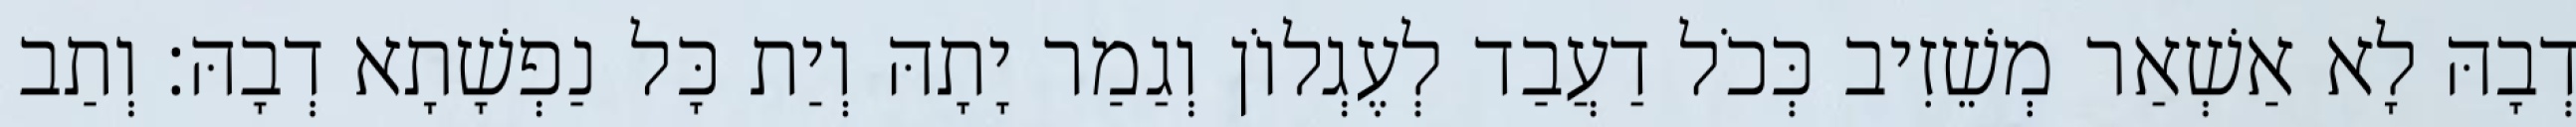
דְבָהּ לָא אַשְׁאַר מְשֵׁזִיב כְּכֹל דַעֲבַד לְעֶגְלוֹן וְגַמַר יָתָהּ וְיַת כָּל נַפְשָׁתָא דְבָהּ׃ וְתַב